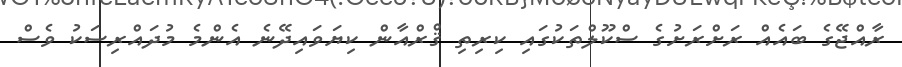
ރާއްޖޭގެ ބައެއް ރަށްރަށުގެ ސްކޫލްތަކުގައި ކިރިތި ޤްރްއާން ކިޔަވައިދޭނެ އެންމެ މުދައްރިސަކު ވެސް